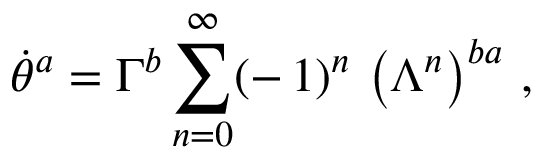
\dot { \theta } ^ { a } = \Gamma ^ { b } \sum _ { n = 0 } ^ { \infty } ( - \, 1 ) ^ { n } \, \left( \Lambda ^ { n } \right) ^ { b a } \, ,